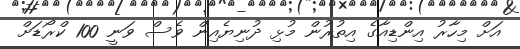
އަށް މިހާރު އިންޑިއާގެ އިތުރުން މުޅި ދުނިޔެއިން ވެސް ވަނީ 100 ކްރޯޑަށް